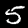
Digit: 5